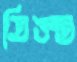
তিঙন্ত